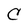
Character: C